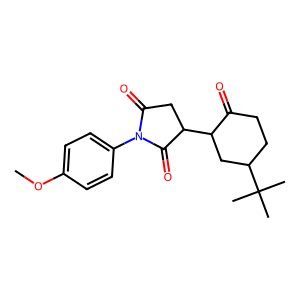
SMILES: COc1ccc(N2C(=O)CC(C3CC(C(C)(C)C)CCC3=O)C2=O)cc1
Inhibits HIV replication: No